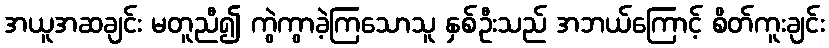
အယူအဆချင်း မတူညီ၍ ကွဲကွာခဲ့ကြသောသူ နှစ်ဦးသည် အဘယ်ကြောင့် စိတ်ကူးချင်း